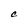
Character: C